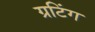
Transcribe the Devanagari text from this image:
ग्रटिंग